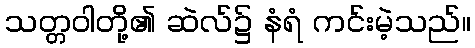
သတ္တဝါတို့၏ ဆဲလ်၌ နံရံ ကင်းမဲ့သည်။